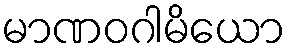
မာဏဝဂါမိယော